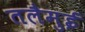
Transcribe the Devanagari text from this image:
तलैमुई